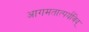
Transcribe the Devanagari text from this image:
आगमतात्पर्यविद्